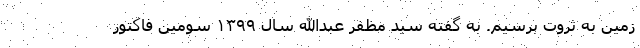
زمین به ثروت برسیم. به گفته سید مظفر عبدالله سال ۱۳۹۹ سومین فاکتور